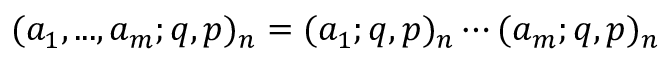
\displaystyle ( a _ { 1 } , . . . , a _ { m } ; q , p ) _ { n } = ( a _ { 1 } ; q , p ) _ { n } \cdots ( a _ { m } ; q , p ) _ { n }